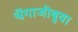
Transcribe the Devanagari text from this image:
चेंगाजीबुवा